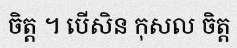
ចិត្ត ។ បើសិន កុសល ចិត្ត